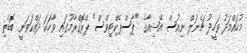
މުހައްމަދު ވަހީދު ޗެނަލް ނިއުސް އޭޝިއާގެ "ޕާސްޕެކްޓިވްސް" ޕްރޮގްރާމުގައި ވާހަކަ ދައްކަވަނީ ބޮޑެތި